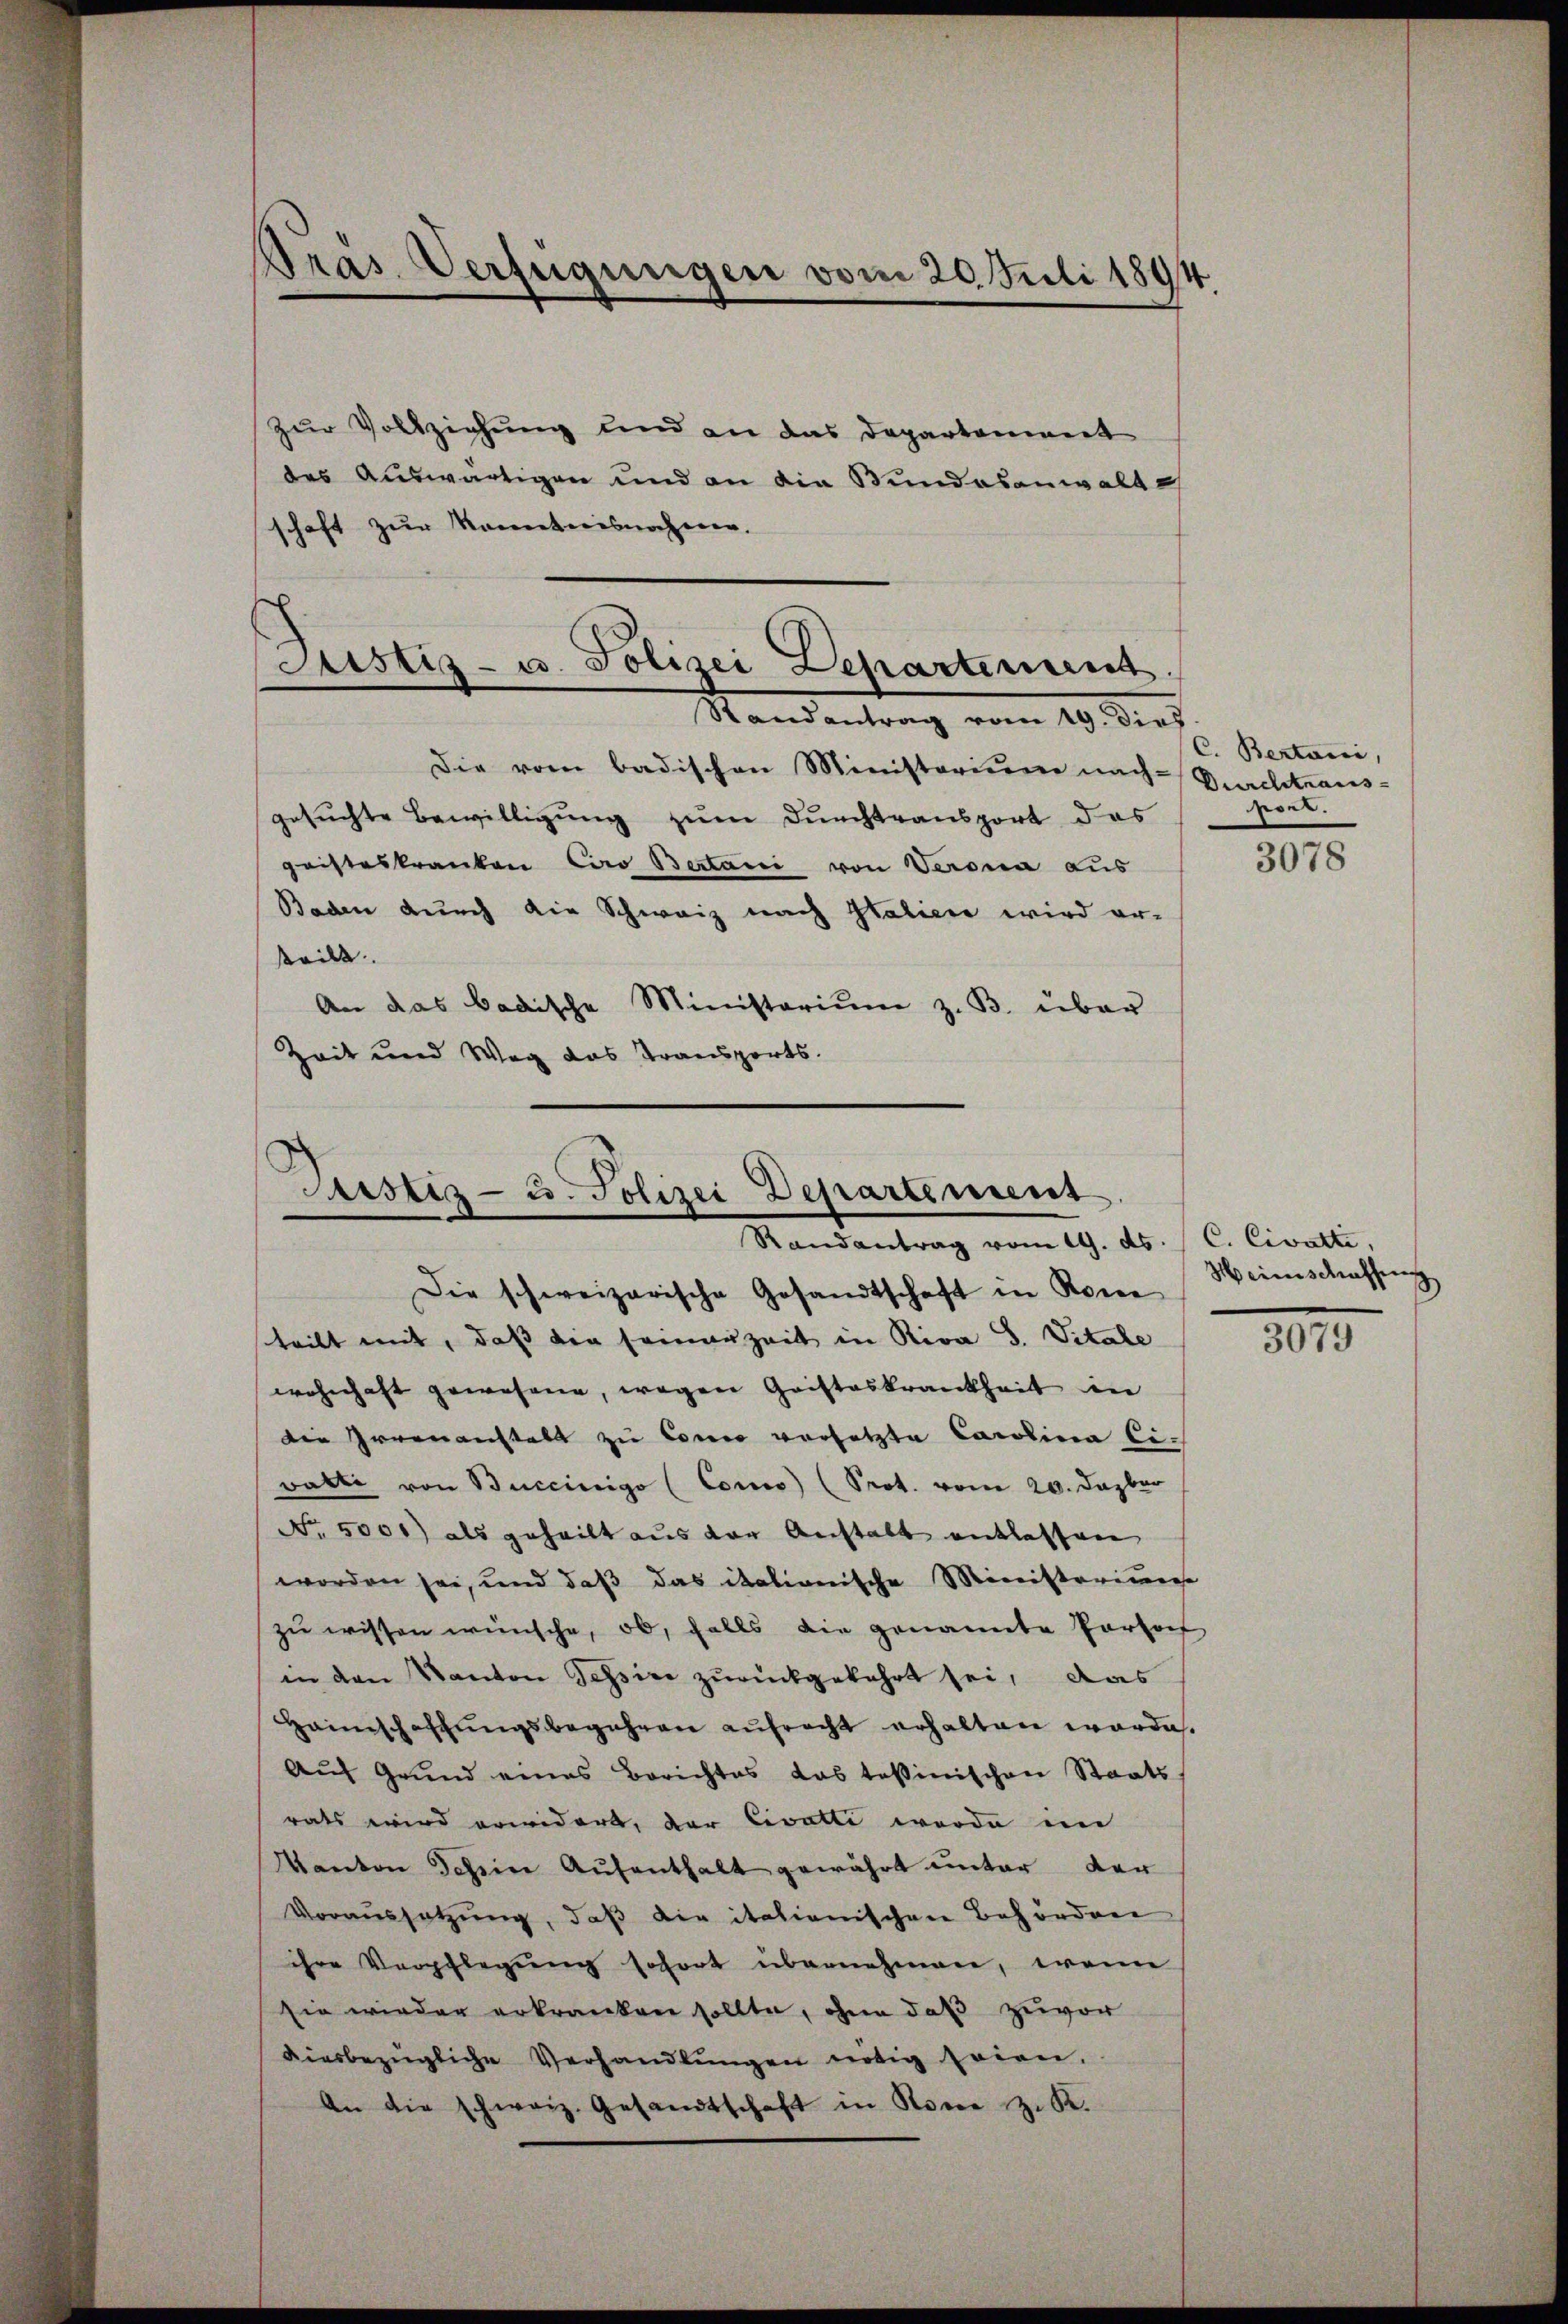
Präs. Verfügungen vom 20. Juli 1891

Justiz- u. Polizei Departement
Mandantrag vom 19. Diez.

zur Vollziehung und an das Departoniant
des Auswärtigen und an die Bundesanwalte
schaft zur Kenntnisnahmen.

d
Justiz- u. Polizei Departement.
Randantrag vom 19. ds.

Die vom badischen Ministerium nach Pachtraus-
gesuchte Bewilligung zum Durchtransport das
gristeskranken Caro Bertani von Verona aus
Baden durch die Schweiz nach Italicie wird er-
steilt.
An das badische Ministerium z. B. über
Zeit und Weg das Transports.

Die schweizerische Gesandtschaft in Rome
teilt mit, daß die seinanzeit in Riva S. Vitale
wohnhaft gewesene, wegen Gristeskrankheit in
die Irrenanstalt zu Conce versetzte Carolina Ei-
Batte von Buceinigo (Coro) (Prot. vom 20. Dazbar
No. 5000) als geheilt aus der Anstalt entlassen
worden sei, und daß das italionische Ministerium
zu wissen wünsche, ob, falls die genannte Partof
in den Kanton Tessine zurückgekehrt sei, das
Haimschaffungsbegehren aufrecht erhalten worde.
Aŭf Grŭnd eines Berichtes das tessinischen Staats-
rats wird erwidert, der Civatti wurde im
Kanton Scheine Aufenthalt gewährt unter der
Voraussetzung, daß die italienischen Behördene
ihre Verpflegung sofort übernehmen, wenn
sie wieder erkranken sollte, ohne daß zuvor
diesbezügliche Verhandlŭngen nötig seien,
An die schweiz. Gesandtschaft in Rome z. K.

C. Bertarii,
soel.

3078

C. Civatti,
Heinschaffen
3079